Annual report on the working of the lock hospitals in the North-Western Provinces and Oudh
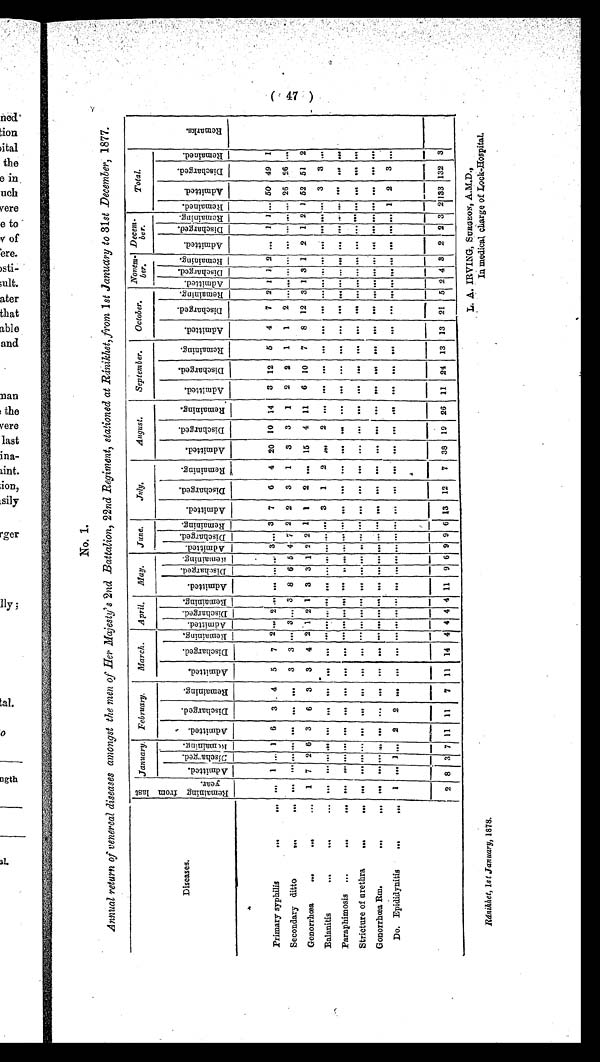
L. A. IRVING, SURGEON, A.M.D.,
In medical charge of Lock-Hospitai.
No. 1.
Annual return of venereal diseases amongst the men of Her Majesty's 2nd Battalion, 22nd Regiment, stationed at Ránikhet, from 1st January to 31st December, 1877.
Diseases.
R e m a i n i n g f r o m l a s t y e a r . January. February.
March.
April. May.
June.
July.
August.
September.
October.
Novem
b-er.
Dece
m-ber.
Total.
R e m a r k s .
A d m i t t e d . D i s c h a r g e d . R e m a i n i n g .
A d m i t t e d .
D i s c h a r g e d .
R e m a i n i n g . A d m i t t e d .
D i s c h a r g e d .
R e m a i n i n g . A d m i t t e d .
Di s c h a n i n g . R e m a i n i n g . A d m i t t e d .
D i s c h a r g e d .
R e m a i n i n g . A d m i t t e d .
D i s c h a r g e d . R e m a i n i n g . A d m i t t e d .
D i s c h a r g e d .
R e m a i n i n g .
A d m i t t e d .
D i s c h a r g e d .
R e m a i n i n g .
A d m i t t e d .
D i s c h a r g e d .
R e m a i n i n g . A d m i t t e d .
D i s c h a r g e d . R e m a i n i n g . A d m i t t e d .
D i s c h a r g e d . R e m a i n i n g . A d m i t t e d .
D i s c h a r g e d . R e m a i n i n g . R e m a i n e d . A d m i t t e d .
D i s c h a r g e d .
R e m a i n e d .
Primary syphilis
...
1
. . . 1
6
3 4 5 7 2
. . .
2
. . .
. . . . . . . . . 3 . . .
3
7
6 4 20 10 14 3 12 5 4 7 2 1 1 2 ... 1 1 ... 50 49 1
Secondary ditto
. . . ... . . . ... . . .
. . . ... 3 3 . . . 3 ... 3 8 6 5 4 7 2 2 3 1
3 3 1
2 2 1 1
2 . . .
... ... ... . . . ... . . . ... 26 26
. . .
Gonorrhœa.
1 7 2 6 3 6 3 3 4 2 1 2 1 3 3 1 2 2 1 1
2 ... 15 4 11 6 10 7 8 12 3 1 3 1 2 1 2 1 52 51 2
Balanitis
. ...
. . . . . . . . . . . .
. . .
. . .
. . .
. . . ... ... ... ... . . . ... . . . . . . ... . . . 3 1
2
. . . 2
. . .
. . .
. . .
. . .
. . .
. . . ... . . . . . . . . . . . . ... . . . . . . 3 3
. . .
Paraphimosis
. ... ... ... ... ...
. . .
. . . . . . ... ... . . . ... . . . ... . . . . . . ... ... . . . . . .
. . . . . . ... . . .
. . .
. . .
. . .
. . .
. . .
. . . ... ... ... . . . . . . . . . . . . . . . . . .
. . . . . .
Stricture of urethra
... ... . . . . . . ...
... . . . . . .
. . .
. . . . . . ... . . . . . .
. . . . . . . . . . . . . . . . . .
. . . . . .
. . . . . .
. . .
. . .
. . .
. . .
. . .
. . . . . . . . . . . . . . . . . . . . . . . . . . . . . .
. . . . . .
Gonorrhœa Rm. ... ... ... ... ... ... ... ... ... ... ... ... ... . . .
. . . ... . . . ... ... ... ... ...
. . . . . .
. . .
. . .
. . .
. . . ... ... ... . . . ... . . . . . . . . . . . . . . . ... ... . . .
Do. Epididynitis
1
. . . 1 . . . 2 2
. . . . . .
. . . ... ... ... . . . . . .
. . . . . . . . . . . . ... . . .
. . . . . .
. . . . . .
. . .
. . .
. . .
. . .
. . . ... ... ... ... ... ... ... ... 1 2 3 ...
2 8 3 7 11 11
7 11 14
4 4 4 4 11 9 6 9 9 6 13 12 7 38 19 26 11 24 13 13 21 5 2 4 3 2 2 3 2 133 132 3
R á d n i k h e t , 1 s t J a n u a r y , 1 8 7 8 .